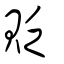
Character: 貶